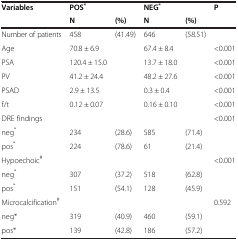
<table><thead><tr><td><b>Variables</b></td><td><b>POS<sup>*</sup></b></td><td><b> </b></td><td><b>NEG<sup>*</sup></b></td><td><b> </b></td><td><b>P</b></td></tr><tr><td><b> </b></td><td><b>N</b></td><td><b>(%)</b></td><td><b>N</b></td><td><b>(%)</b></td><td><b> </b></td></tr></thead><tbody><tr><td>Number of patients</td><td>458</td><td>(41.49)</td><td>646</td><td>(58.51)</td><td> </td></tr><tr><td>Age</td><td>70.8 ± 6.9</td><td> </td><td>67.4 ± 8.4</td><td> </td><td>&lt;0.001</td></tr><tr><td>PSA</td><td>120.4 ± 15.0</td><td> </td><td>13.7 ± 18.0</td><td> </td><td>&lt;0.001</td></tr><tr><td>PV</td><td>41.2 ± 24.4</td><td> </td><td>48.2 ± 27.6</td><td> </td><td>&lt;0.001</td></tr><tr><td>PSAD</td><td>2.9 ± 13.5</td><td> </td><td>0.3 ± 0.4</td><td> </td><td>&lt;0.001</td></tr><tr><td>f/t</td><td>0.12 ± 0.07</td><td> </td><td>0.16 ± 0.10</td><td> </td><td>&lt;0.001</td></tr><tr><td>DRE findings</td><td> </td><td> </td><td> </td><td> </td><td>&lt;0.001</td></tr><tr><td>neg<sup>*</sup></td><td>234</td><td>(28.6)</td><td>585</td><td>(71.4)</td><td> </td></tr><tr><td>pos<sup>*</sup></td><td>224</td><td>(78.6)</td><td>61</td><td>(21.4)</td><td> </td></tr><tr><td>Hypoechoic<sup>#</sup></td><td> </td><td> </td><td> </td><td> </td><td>&lt;0.001</td></tr><tr><td>neg<sup>*</sup></td><td>307</td><td>(37.2)</td><td>518</td><td>(62.8)</td><td> </td></tr><tr><td>pos<sup>*</sup></td><td>151</td><td>(54.1)</td><td>128</td><td>(45.9)</td><td> </td></tr><tr><td>Microcalcification<sup>#</sup></td><td> </td><td> </td><td> </td><td> </td><td>0.592</td></tr><tr><td>neg*</td><td>319</td><td>(40.9)</td><td>460</td><td>(59.1)</td><td> </td></tr><tr><td>pos*</td><td>139</td><td>(42.8)</td><td>186</td><td>(57.2)</td><td> </td></tr></tbody></table>